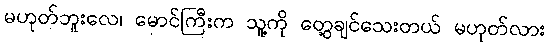
မဟုတ်ဘူးလေ၊ မောင်ကြီးက သူ့ကို တွေ့ချင်သေးတယ် မဟုတ်လား